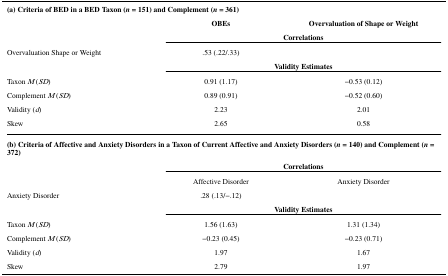
<table><thead><tr><td colspan="3"><b>(a) Criteria of BED in aBED Taxon (<i>n</i> = 151) and Complement(<i>n</i> = 361)</b></td></tr><tr><td></td><td><b>OBEs</b></td><td><b>Overvaluation of Shape or Weight</b></td></tr></thead><tbody><tr><td></td><td colspan="2"><b>Correlations</b></td></tr><tr><td>Overvaluation Shape or Weight</td><td>.53 (.22/.33)</td><td></td></tr><tr><td></td><td colspan="2"><b>ValidityEstimates</b></td></tr><tr><td>Taxon <i>M</i>(<i>SD</i>)</td><td>0.91 (1.17)</td><td>−0.53 (0.12)</td></tr><tr><td>Complement <i>M</i>(<i>SD</i>)</td><td>0.89 (0.91)</td><td>−0.52 (0.60)</td></tr><tr><td>Validity (<i>d</i>)</td><td>2.23</td><td>2.01</td></tr><tr><td>Skew</td><td>2.65</td><td>0.58</td></tr><tr><td colspan="3"><b>(b) Criteria ofAffective and Anxiety Disorders in a Taxon of Current Affectiveand Anxiety Disorders (<i>n</i> = 140) andComplement (<i>n</i> = 372)</b></td></tr><tr><td></td><td colspan="2"><b>Correlations</b></td></tr><tr><td></td><td>Affective Disorder</td><td>Anxiety Disorder</td></tr><tr><td>Anxiety Disorder</td><td>.28 (.13/−.12)</td><td></td></tr><tr><td></td><td colspan="2"><b>ValidityEstimates</b></td></tr><tr><td>Taxon <i>M</i>(<i>SD</i>)</td><td>1.56 (1.63)</td><td>1.31 (1.34)</td></tr><tr><td>Complement <i>M</i>(<i>SD</i>)</td><td>−0.23 (0.45)</td><td>−0.23 (0.71)</td></tr><tr><td>Validity (<i>d</i>)</td><td>1.97</td><td>1.67</td></tr><tr><td>Skew</td><td>2.79</td><td>1.97</td></tr></tbody></table>